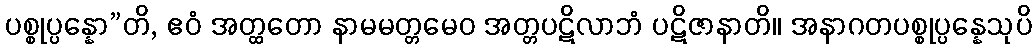
ပစ္စုပ္ပန္နော”တိ, ဧဝံ အတ္ထတော နာမမတ္တမေဝ အတ္တပဋိလာဘံ ပဋိဇာနာတိ။ အနာဂတပစ္စုပ္ပန္နေသုပိ